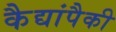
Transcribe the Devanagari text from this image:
कैद्यांपैकी